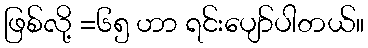
ဖြစ်လို့ =၆၅ ဟာ ရင်းပျော်ပါတယ်။